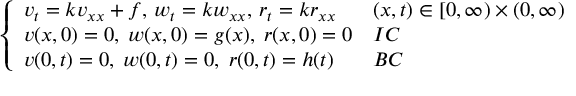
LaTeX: \left\{ \begin{array} { l l } { v _ { t } = k v _ { x x } + f , \, w _ { t } = k w _ { x x } , \, r _ { t } = k r _ { x x } } & { ( x , t ) \in [ 0 , \infty ) \times ( 0 , \infty ) } \\ { v ( x , 0 ) = 0 , \; w ( x , 0 ) = g ( x ) , \; r ( x , 0 ) = 0 } & { I C } \\ { v ( 0 , t ) = 0 , \; w ( 0 , t ) = 0 , \; r ( 0 , t ) = h ( t ) } & { B C } \end{array} \right.